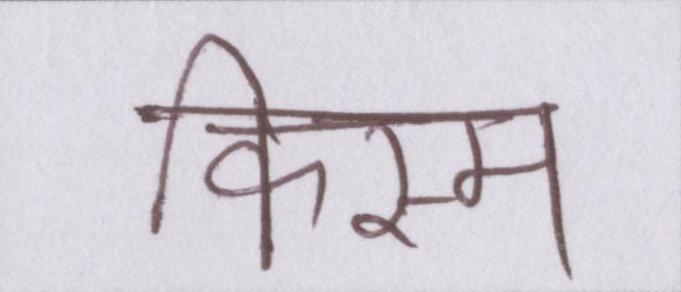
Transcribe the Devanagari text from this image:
किस्म